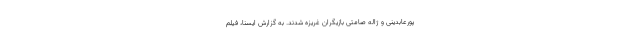
پورعابدینی و ژاله صامتی بازیگران غریزه شدند. به گزارش ایسنا، فیلم